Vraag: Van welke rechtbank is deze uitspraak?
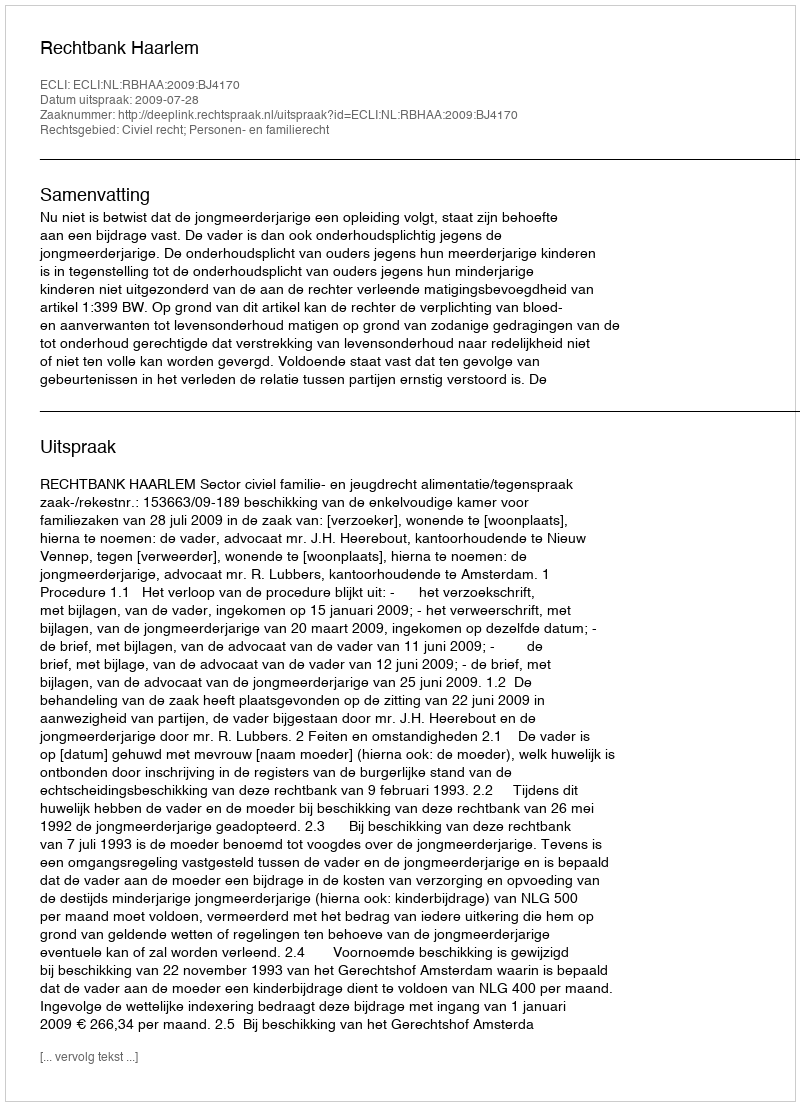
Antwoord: Rechtbank Haarlem